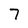
Character: 7